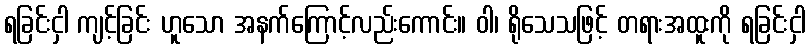
ရခြင်းငှါ ကျင့်ခြင်း ဟူသော အနက်ကြောင့်လည်းကောင်း။ ဝါ၊ ရိုသေသဖြင့် တရားအထူးကို ရခြင်းငှါ